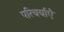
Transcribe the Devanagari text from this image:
परिचर्चाएँ